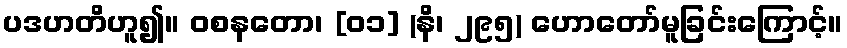
ပဒဟတိဟူ၍။ ဝစနတော၊ [၀၁] (နိ၊ ၂၉၅) ဟောတော်မူခြင်းကြောင့်။